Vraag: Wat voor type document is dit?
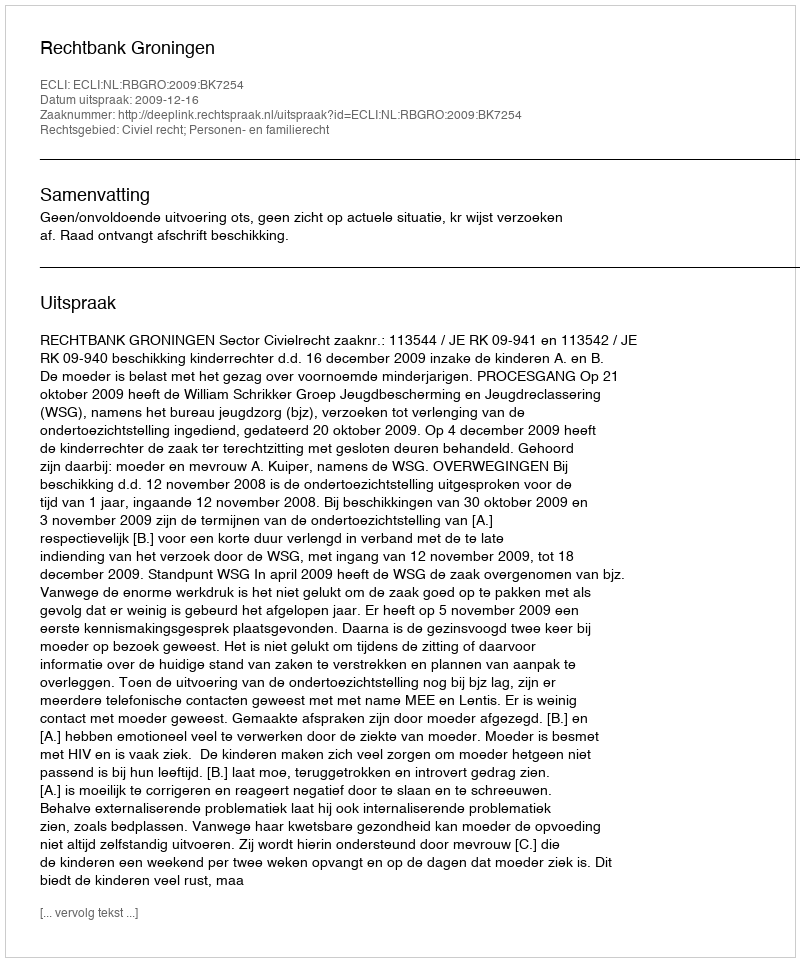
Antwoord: Uitspraak